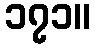
၁၇၁။